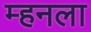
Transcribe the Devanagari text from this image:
म्हनला